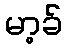
မာ့ခ်